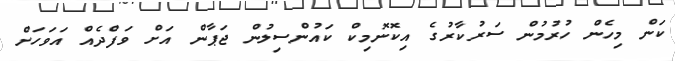
ކަން މިހެން ހުރުމުން ސަރުކާރުގެ އިކޮނޮމިކް ކައުންސިލުން ޖަޕާން އަށް ވަފްދެއް އަވަހަށް